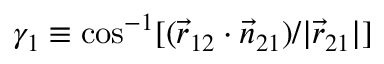
\gamma _ { 1 } \equiv \cos ^ { - 1 } [ ( \vec { r } _ { 1 2 } \cdot \vec { n } _ { 2 1 } ) / | \vec { r } _ { 2 1 } | ]